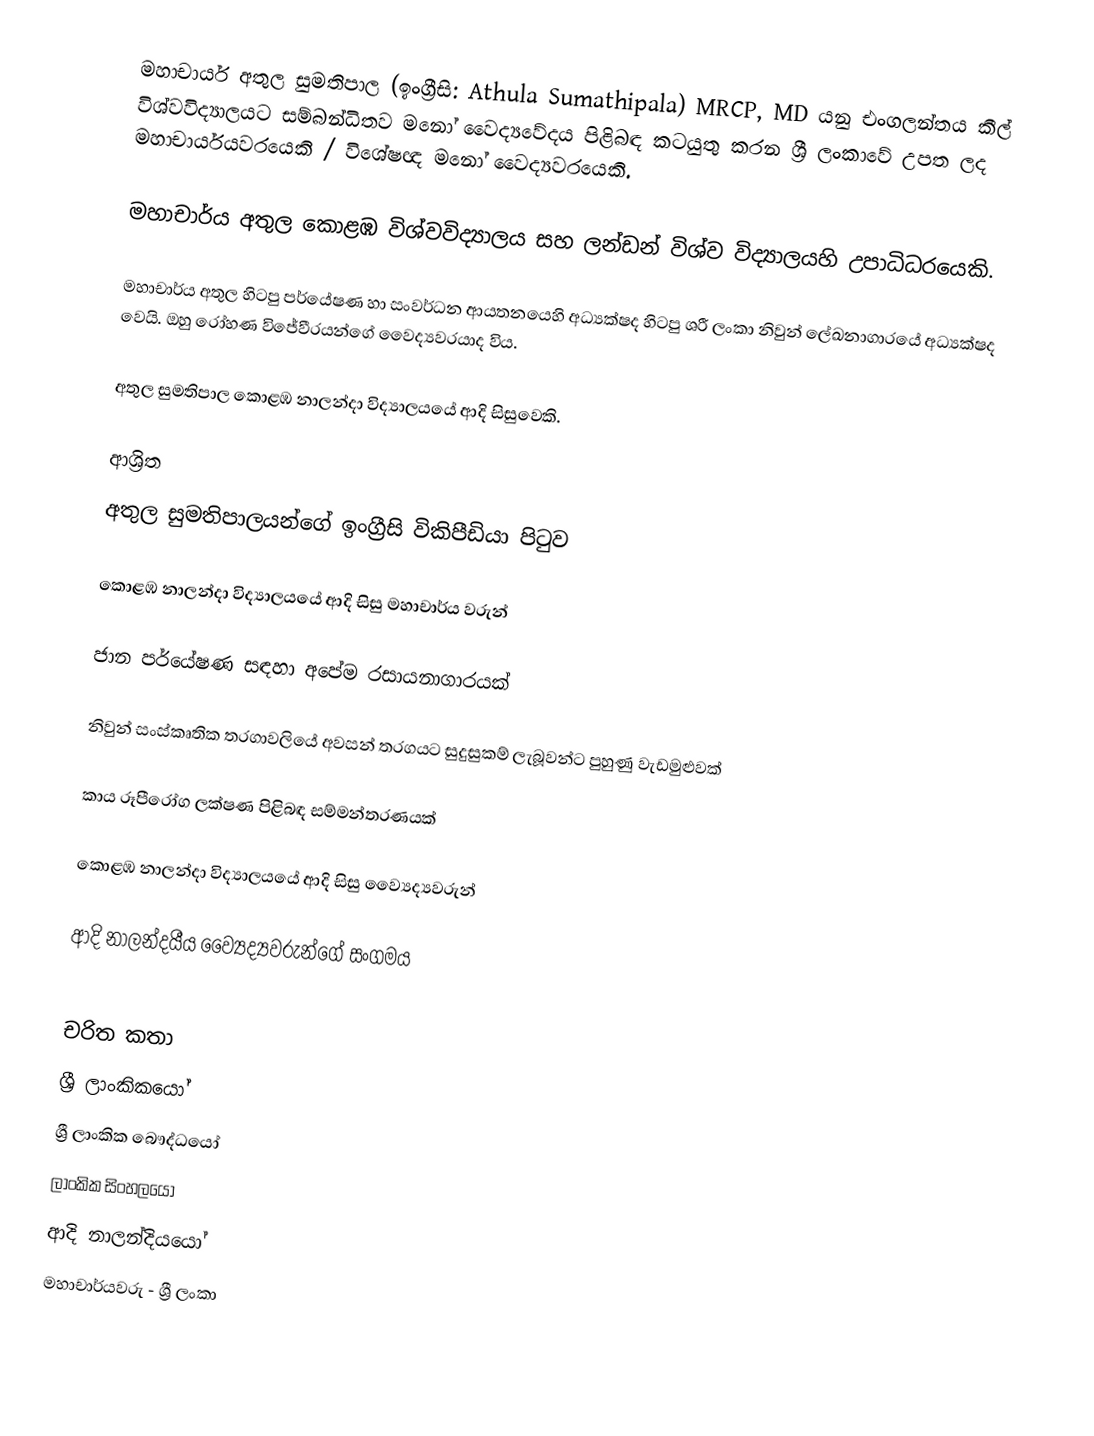
මහාචාර්ය අතුල සුමතිපාල (ඉංග්‍රීසි: Athula Sumathipala)  MRCP, MD යනු එංගලන්තය කීල් විශ්වවිද්‍යාලයට සම්බන්ධිතව මනෝ වෛද්‍යවේදය පිළිබඳ කටයුතු කරන ශ්‍රී ලංකාවේ උපත ලද මහාචාර්යයවරයෙකි / විශේෂඥ මනෝ වෛද්‍යවරයෙකි.

මහාචාර්ය අතුල කොළඹ විශ්වවිද්‍යාලය සහ ලන්ඩන් විශ්ව විද්‍යාලයහි උපාධිධරයෙකි.

මහාචාර්ය අතුල හිටපු පර්යේෂණ හා සංවර්ධන ආයතනයෙහි අධ්‍යක්ෂද හිටපු ශ‍්‍රී ලංකා නිවුන් ලේඛනාගාරයේ අධ්‍යක්ෂද වෙයි. ඔහු රෝහණ විජේවීරයන්ගේ වෛද්‍යවරයාද විය.

අතුල සුමතිපාල  කොළඹ නාලන්දා විද්‍යාලයයේ ආදි සිසුවෙකි.

ආශ්‍රිත
 අතුල සුමතිපාලයන්ගේ ඉංග්‍රීසි විකිපීඩියා පිටුව

කොළඹ නාලන්දා විද්‍යාලයයේ ආදි සිසු මහාචාර්ය වරුන්

 ජාන පර්යේෂණ සඳහා අපේම රසායනාගාරයක්

 නිවුන් සංස්කෘතික තරගාවලියේ අවසන් තරගයට සුදුසුකම් ලැබූවන්ට පුහුණු වැඩමුළුවක්

 කාය රූපීරෝග ලක්ෂණ පිළිබඳ සම්මන්ත‍්‍රණයක්

 කොළඹ නාලන්දා විද්‍යාලයයේ ආදි සිසු ව්‍යෛද්‍යවරුන්

 ආදි නාලන්දයීය ව්‍යෛද්‍යවරුන්ගේ සංගමය

චරිත කතා
ශ්‍රී ලාංකිකයෝ
ශ්‍රී ලාංකික බෞද්ධයෝ
ලාංකික සිංහලයෝ
ආදි නාලන්දියයෝ
මහාචාර්යවරු - ශ්‍රී ලංකා